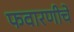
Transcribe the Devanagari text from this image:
फवारणीचे